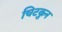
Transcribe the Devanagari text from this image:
चिटकुन